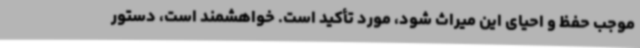
موجب حفظ و احیای این میراث شود، مورد تأکید است. خواهشمند است، دستور